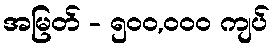
အမြတ် - ၅၀၀,၀၀၀ ကျပ်